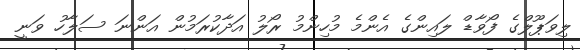
ލިވަޕޫލްގެ ފޯވާޑް ލައިންގެ އެންމެ މުހިންމު ރޯލު އަދާކުރަމުން އަންނަ ސަލާހު ވަނީ